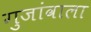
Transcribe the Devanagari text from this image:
गुजांवाला